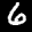
Label: 6